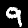
Label: 9